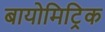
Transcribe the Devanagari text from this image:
बायोमिट्रिक